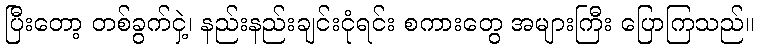
ပြီးတော့ တစ်ခွက်ငှဲ့၊ နည်းနည်းချင်းငုံရင်း စကားတွေ အများကြီး ပြောကြသည်။